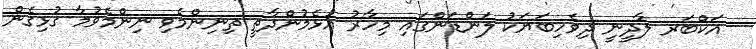
އަކްބަރ ލާދީނީ ދިވެހިބަޔަކު ލަންޑަންގައި މިހާރު އުޅެމުންދާތީ ތިނިންމެވި ނިންމެވުމާ ގުޅިގެން